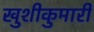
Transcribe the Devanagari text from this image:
खुशीकुमारी